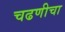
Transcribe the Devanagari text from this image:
चढणीचा